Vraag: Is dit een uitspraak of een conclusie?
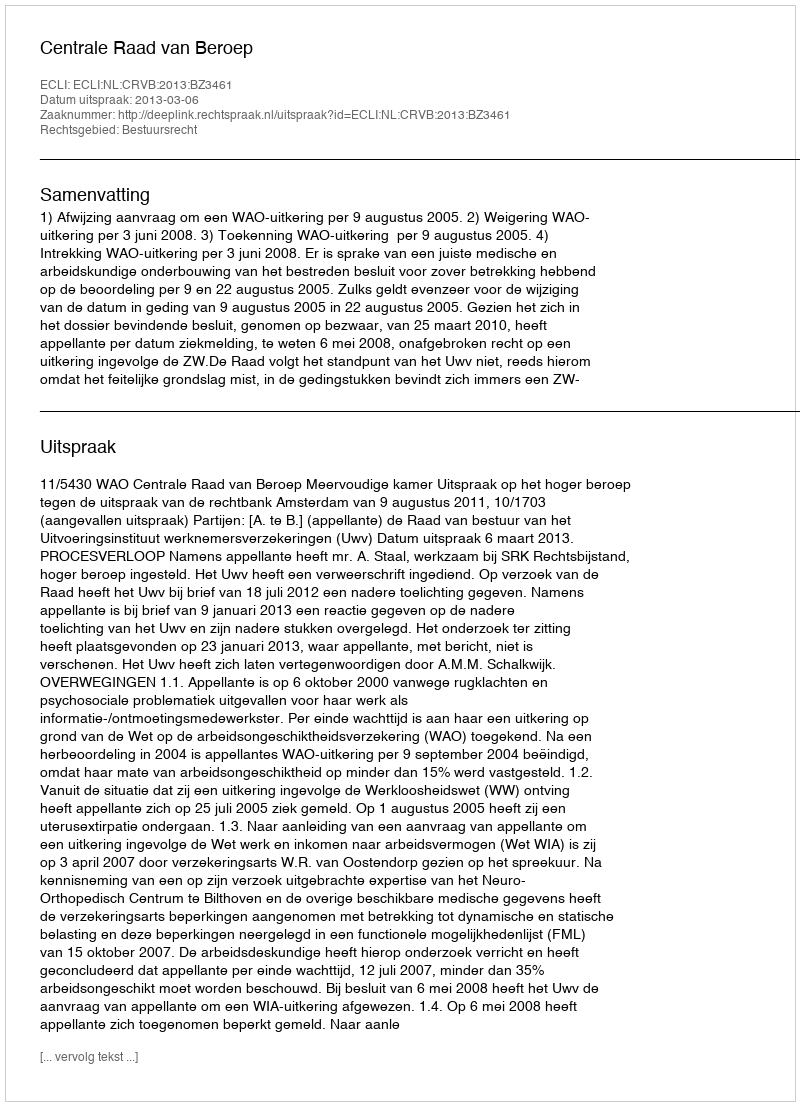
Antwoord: Uitspraak